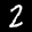
Label: 2